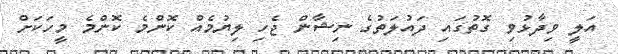
އަލީ ވިދާޅުވި ގޮތުގައި ދައުލަތުގެ ނިޝާން ޖެހި ލިޔުމެއް ކޮންމެ ކޮންމެ މީހަކަށް